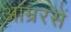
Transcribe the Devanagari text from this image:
आम्ररसें